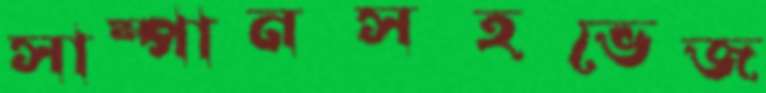
সাম্পানসহভেজ